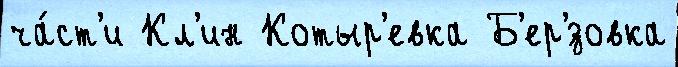
ча́ст'и Кл'ин Котыр'евка Б'ер'́зовка